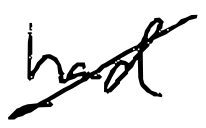
Text: had
Cross-out: diagonal
Writing tool: digital_black